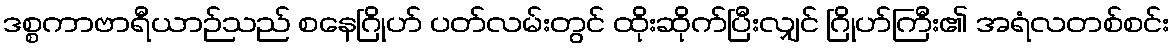
ဒစ္စကာဗာရီယာဉ်သည် စနေဂြိုဟ် ပတ်လမ်းတွင် ထိုးဆိုက်ပြီးလျှင် ဂြိုဟ်ကြီး၏ အရံလတစ်စင်း